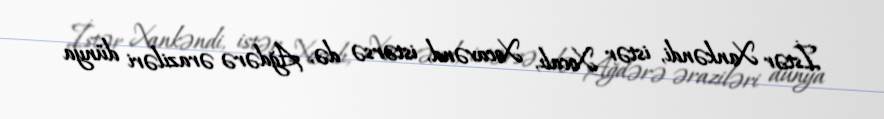
İstər Xankəndi, istər Xocalı, Xocavənd, istərsə də, Ağdərə əraziləri dünya